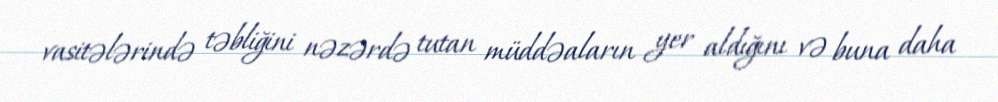
vasitələrində təbliğini nəzərdə tutan müddəaların yer aldığını və buna daha